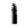
Digit: 1